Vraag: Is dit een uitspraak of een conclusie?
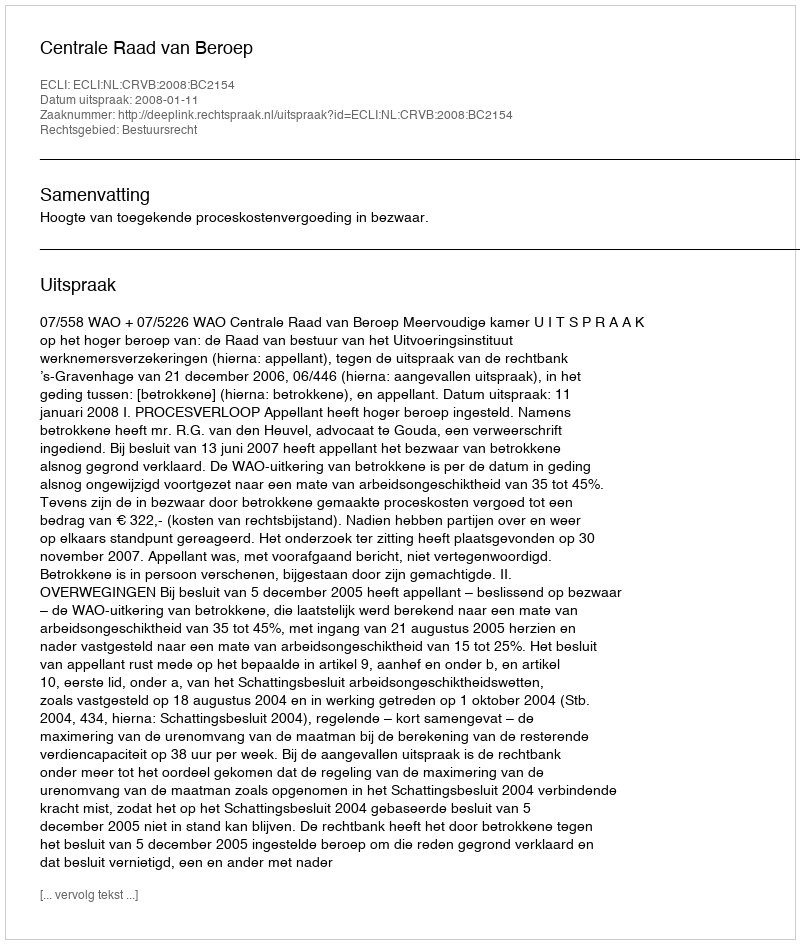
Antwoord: Uitspraak